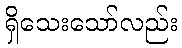
ရှိသေးသော်လည်း